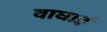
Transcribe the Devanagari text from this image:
वाघाई